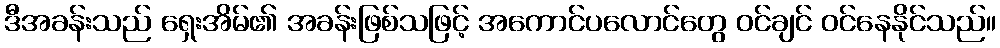
ဒီအခန်းသည် ရှေးအိမ်၏ အခန်းဖြစ်သဖြင့် အကောင်ပလောင်တွေ ဝင်ချင် ဝင်နေနိုင်သည်။